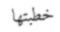
خطبتھا